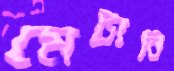
মেটাবি